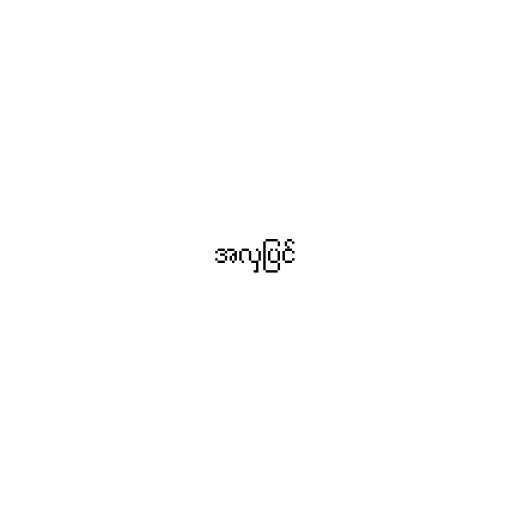
အလှပြင်